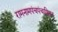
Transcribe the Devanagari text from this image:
रामनामपंचपंचाशिका